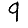
Digit: 9